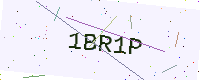
Text: 1BR1P